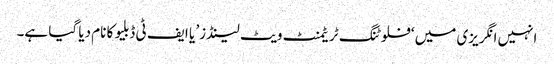
انہیں انگریزی میں ‘فلوٹنگ ٹریٹمنٹ ویٹ لینڈز’ یا ایف ٹی ڈبلیو کا نام دیا گیا ہے۔